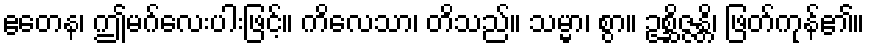
ဧတေန၊ ဤမဂ်လေးပါးဖြင့်။ ကိလေသာ၊ တိသည်။ သမ္မာ၊ စွာ။ ဥစ္ဆိဇ္ဇန္တိ၊ ဖြတ်ကုန်၏။